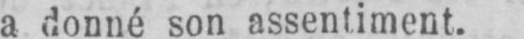
a donné son assentiment.